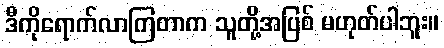
ဒီကိုရောက်လာကြတာက သူတို့အပြစ် မဟုတ်ပါဘူး။